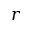
r